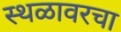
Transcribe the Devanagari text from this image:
स्थळावरचा